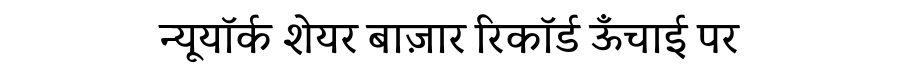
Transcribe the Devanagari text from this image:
न्यूयॉर्क शेयर बाज़ार रिकॉर्ड ऊँचाई पर